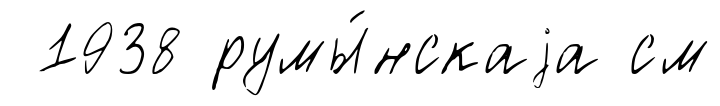
1938 румы́нскаjа см